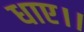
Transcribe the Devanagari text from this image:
धाए।।